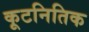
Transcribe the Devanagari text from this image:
कूटनितिक